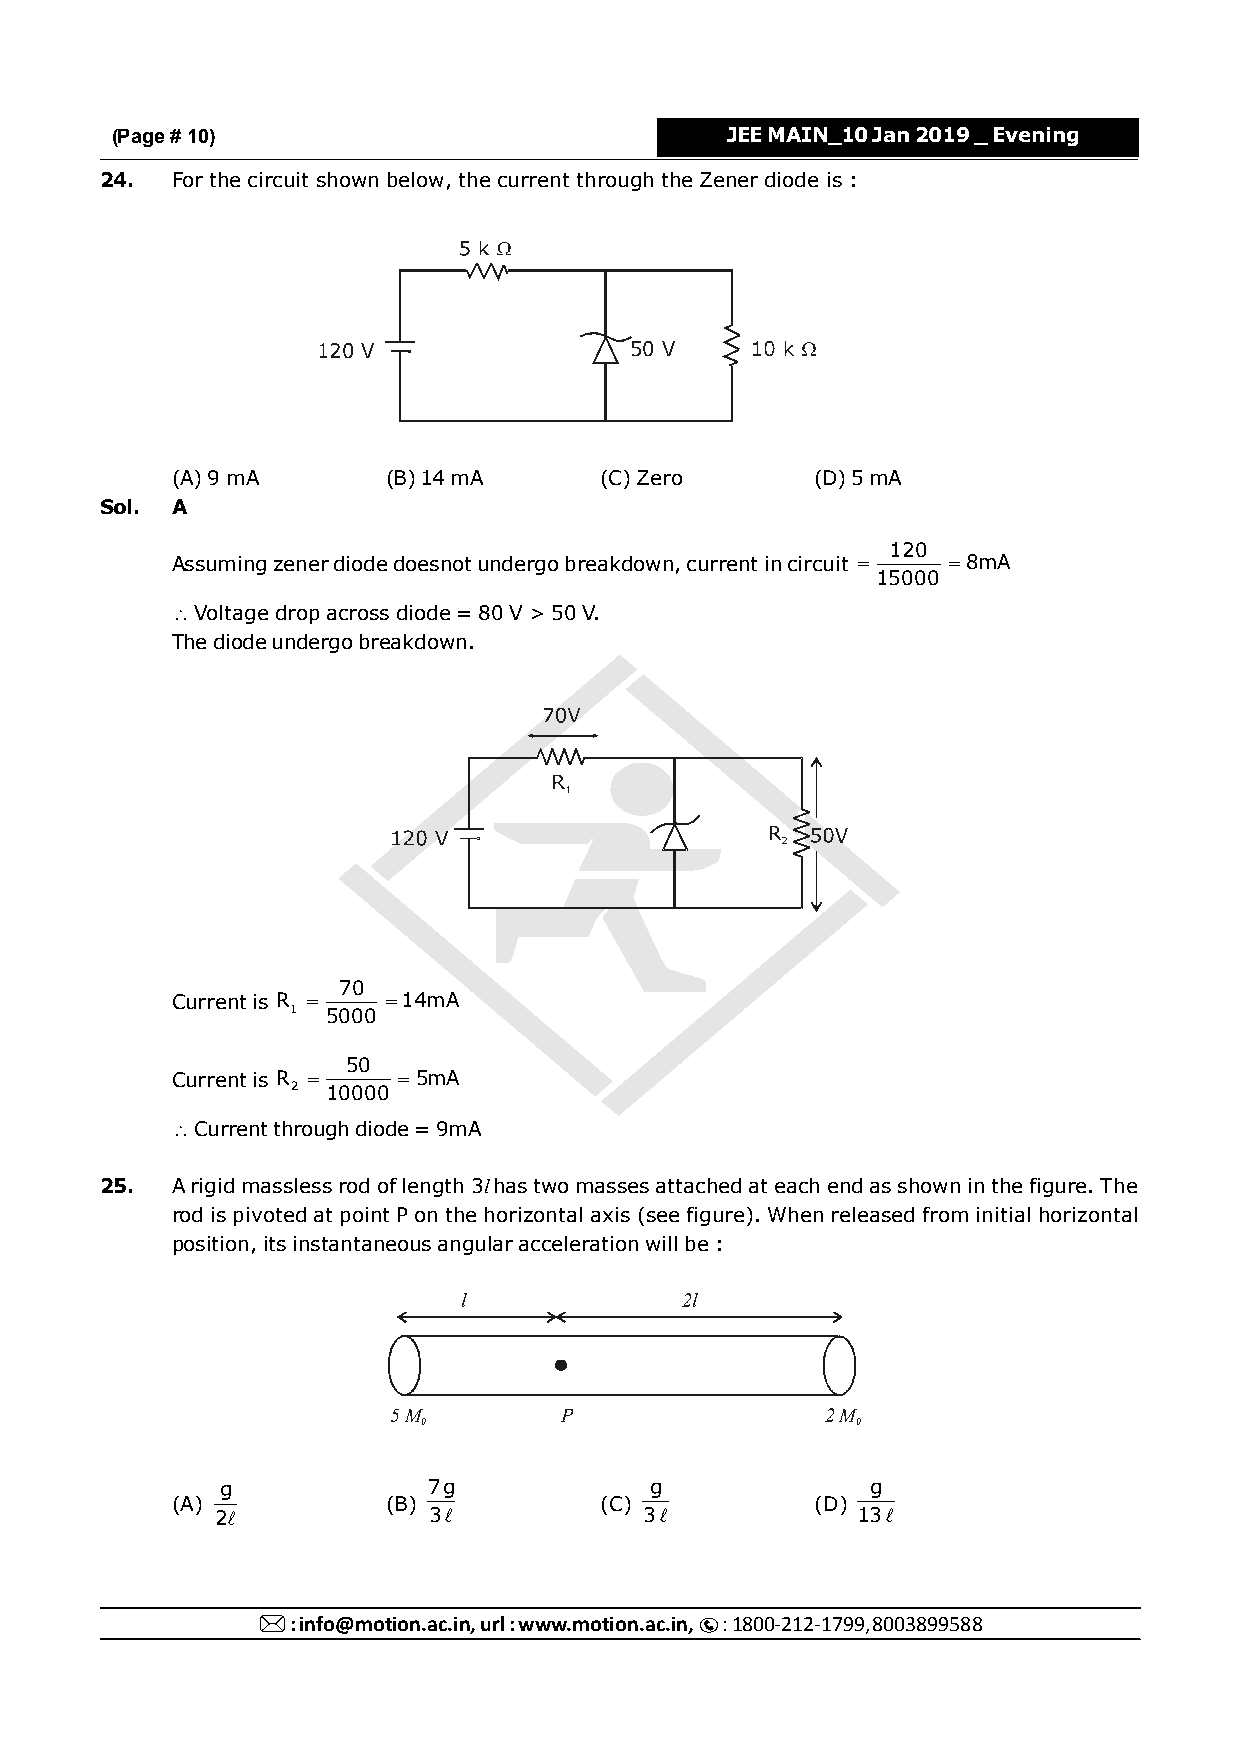
(Page # 10)                              JEE MAIN_10 Jan 2019 _ Evening
 24. For the circuit shown below, the current through the Zener diode is :
 120 V                50 V
 (A) 9 mA       (B) 14 mA     (C) Zero      (D) 5 mA
 Sol. A
 120
 Assuming zener diode doesnot undergo breakdown, current in circuit   8mA
 15000
  Voltage drop across diode = 80 V > 50 V.
 The diode undergo breakdown.
 70
 Current is R  14mA
 1  5000
 50
 Current is R   5mA
 2  10000
  Current through diode = 9mA
 25. A rigid massless rod of length 3l has two masses attached at each end as shown in the figure. The
 rod is pivoted at point P on the horizontal axis (see figure). When released from initial horizontal
 position, its instantaneous angular acceleration will be :
 l             2l
 5 M        P                 2 M
 0                            0
 g            7g             g              g
 (A)            (B)           (C)           (D)
 2            3             3            13
 : info@motion.ac.in, url : www.motion.ac.in, : 1800-212-179999, 8003899588